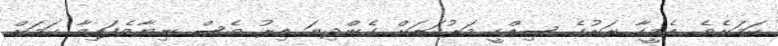
ކަމަށެވެ. އެމީހާ ރަށުގެ ސިއްހީ މަރުކަޒަށް ގެންދިޔަ އިރު ވެސް ނިޔާވެފައިވާ ކަމަށް